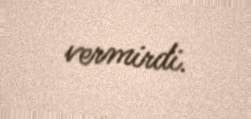
vermirdi.